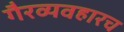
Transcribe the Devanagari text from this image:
गैरव्यवहारच